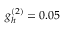
g _ { h } ^ { ( 2 ) } = 0 . 0 5